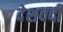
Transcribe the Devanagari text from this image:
देशवर्दी